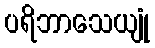
ပရိဘာသေယျုံ